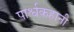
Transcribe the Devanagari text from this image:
पार्श्वकहानी